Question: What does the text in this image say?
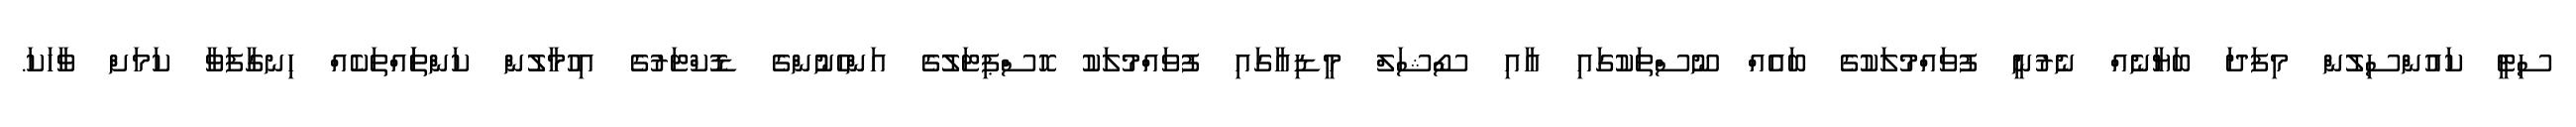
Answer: ސިޓީ ކައުންސިލުން މިފަދަ ބަޔާނެއް ނެރުނީ ފުވައްމުލަކުގެ ބައެއް ނޫސްތަކުގައި އާއި ސޯޝަލް މީޑިއާގައި ފުވައްމުލަކު ހޮސްޕިޓަލުގެ އަންހެނުުންގެ ޑޮކްޓަރުގެ އިހުމާލުން ކަންތަައްތަކެއް ހިނގާފަވާ ކަމަށް ވާހަކަ.